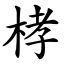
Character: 㭳